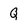
Character: Q